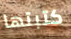
كتبتها